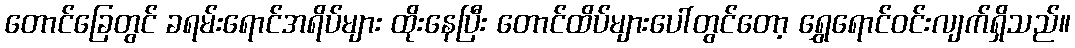
တောင်ခြေတွင် ခရမ်းရောင်အရိပ်များ ထိုးနေပြီး တောင်ထိပ်များပေါ်တွင်တော့ ရွှေရောင်ဝင်းလျက်ရှိသည်။